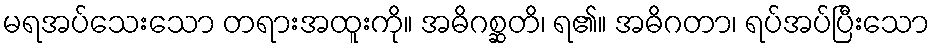
မရအပ်သေးသော တရားအထူးကို။ အဓိဂစ္ဆတိ၊ ရ၏။ အဓိဂတာ၊ ရပ်အပ်ပြီးသော